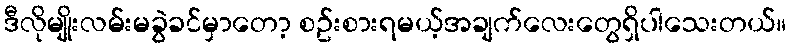
ဒီလိုမျိုးလမ်းမခွဲခင်မှာတော့ စဥ်းစားရမယ့်အချက်လေးတွေရှိပါသေးတယ်။